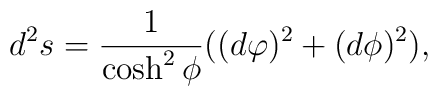
d^{2}s=\frac{1}{\cosh ^{2} {\phi} }((d\varphi)^{2} + (d\phi)^{2}),